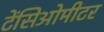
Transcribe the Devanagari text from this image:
टेंसिओमीटर